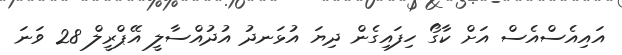
އައިއެސްއެސް އަށް ކާގޯ ހިފައިގެން ދިޔަ އުޅަނދު އުދުއްސާލީ އޭޕްރީލް 28 ވަނަ